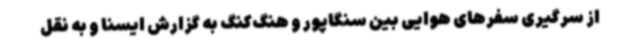
از سرگیری سفرهای هوایی بین سنگاپور و هنگ‌کنگ به گزارش ایسنا و به نقل